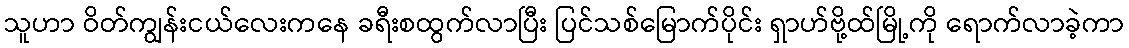
သူဟာ ဝိတ်ကျွန်းငယ်လေးကနေ ခရီးစထွက်လာပြီး ပြင်သစ်မြောက်ပိုင်း ရှာဟ်ဗို့ထ်မြို့ကို ရောက်လာခဲ့ကာ